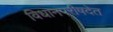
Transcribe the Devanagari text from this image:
विधानपरीषदेत